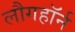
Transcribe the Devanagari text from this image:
लौगहॉर्न